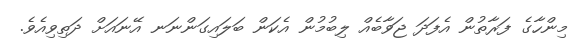
މިންހާގެ ފަރާތުން އެފަދަ ޖަވާބެއް ލިބުމުން އެކަން ބަލައިގަންނަނ އޭނައަށް ދަތިވިއެވެ.